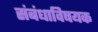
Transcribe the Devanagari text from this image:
संबंधाविषयक